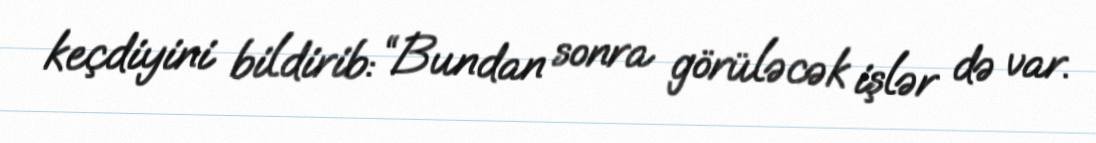
keçdiyini bildirib: “Bundan sonra görüləcək işlər də var.